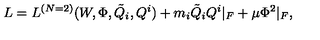
L = L ^ { ( N = 2 ) } ( W , \Phi , { \tilde { Q } } _ { i } , Q ^ { i } ) + m _ { i } { \tilde { Q } } _ { i } Q ^ { i } | _ { F } + \mu \Phi ^ { 2 } | _ { F } ,